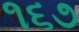
૧૬૭